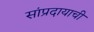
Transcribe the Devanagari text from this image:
सांप्रदायाची